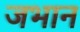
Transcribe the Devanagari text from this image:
जभान